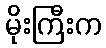
မိုးကြီးက